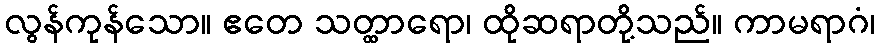
လွန်ကုန်သော။ ဧတေ သတ္ထာရော၊ ထိုဆရာတို့သည်။ ကာမရာဂံ၊